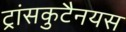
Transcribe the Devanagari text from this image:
ट्रांसकुटैनयस